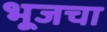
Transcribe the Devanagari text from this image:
भूजचा